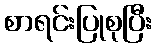
စာရင်းပြုစုပြီး